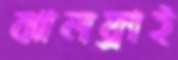
ঝালফ্রাই